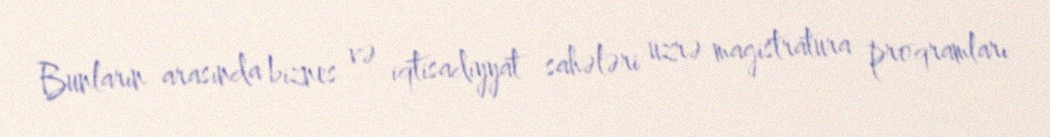
Bunların arasında biznes və iqtisadiyyat sahələri üzrə magistratura proqramları